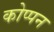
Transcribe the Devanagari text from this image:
कोप्पन